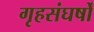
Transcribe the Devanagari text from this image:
गृहसंघर्षों